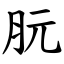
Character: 䏓